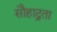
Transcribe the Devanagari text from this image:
सौहाद्र्रता